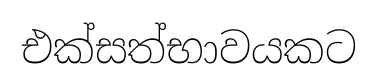
එක්සත්භාවයකට